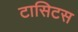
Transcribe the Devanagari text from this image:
टासिटस